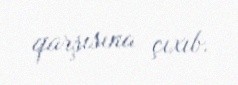
qarşısına çıxıb.